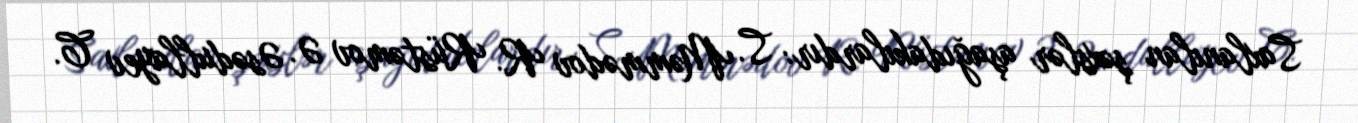
Saxlanılan şəxslər aşağıdakılardır: S. Məmmədov R. Rüstəmov Ə. Əsədullayev C.